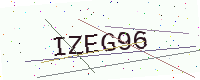
Text: IZEG96